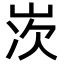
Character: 𡷑